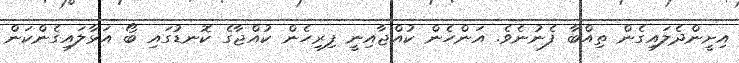
އިށީންދެލައިގެން ތިއްބާ ފެނުނެވެ. އަންހެން ކުއްޖާއިނީ ފިރިހެން ކުއްޖާގެ ކޮނޑުގައި ބޯ އަޅާލައިގެންކަން